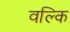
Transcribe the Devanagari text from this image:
वल्‍कि